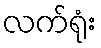
လက်ရုံး